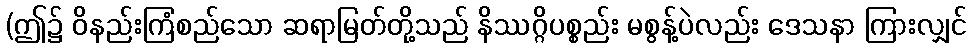
(ဤ၌ ဝိနည်းကြံစည်သော ဆရာမြတ်တို့သည် နိဿဂ္ဂိပစ္စည်း မစွန့်ပဲလည်း ဒေသနာ ကြားလျှင်